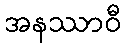
အနဿာဝီ